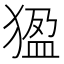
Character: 𤟣